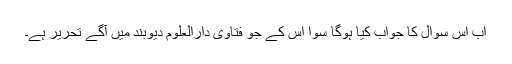
اب اس سوال کا جواب کیا ہوگا سوا اس کے جو فتاویٰ دارالعلوم دیوبند میں آگے تحریر ہے۔